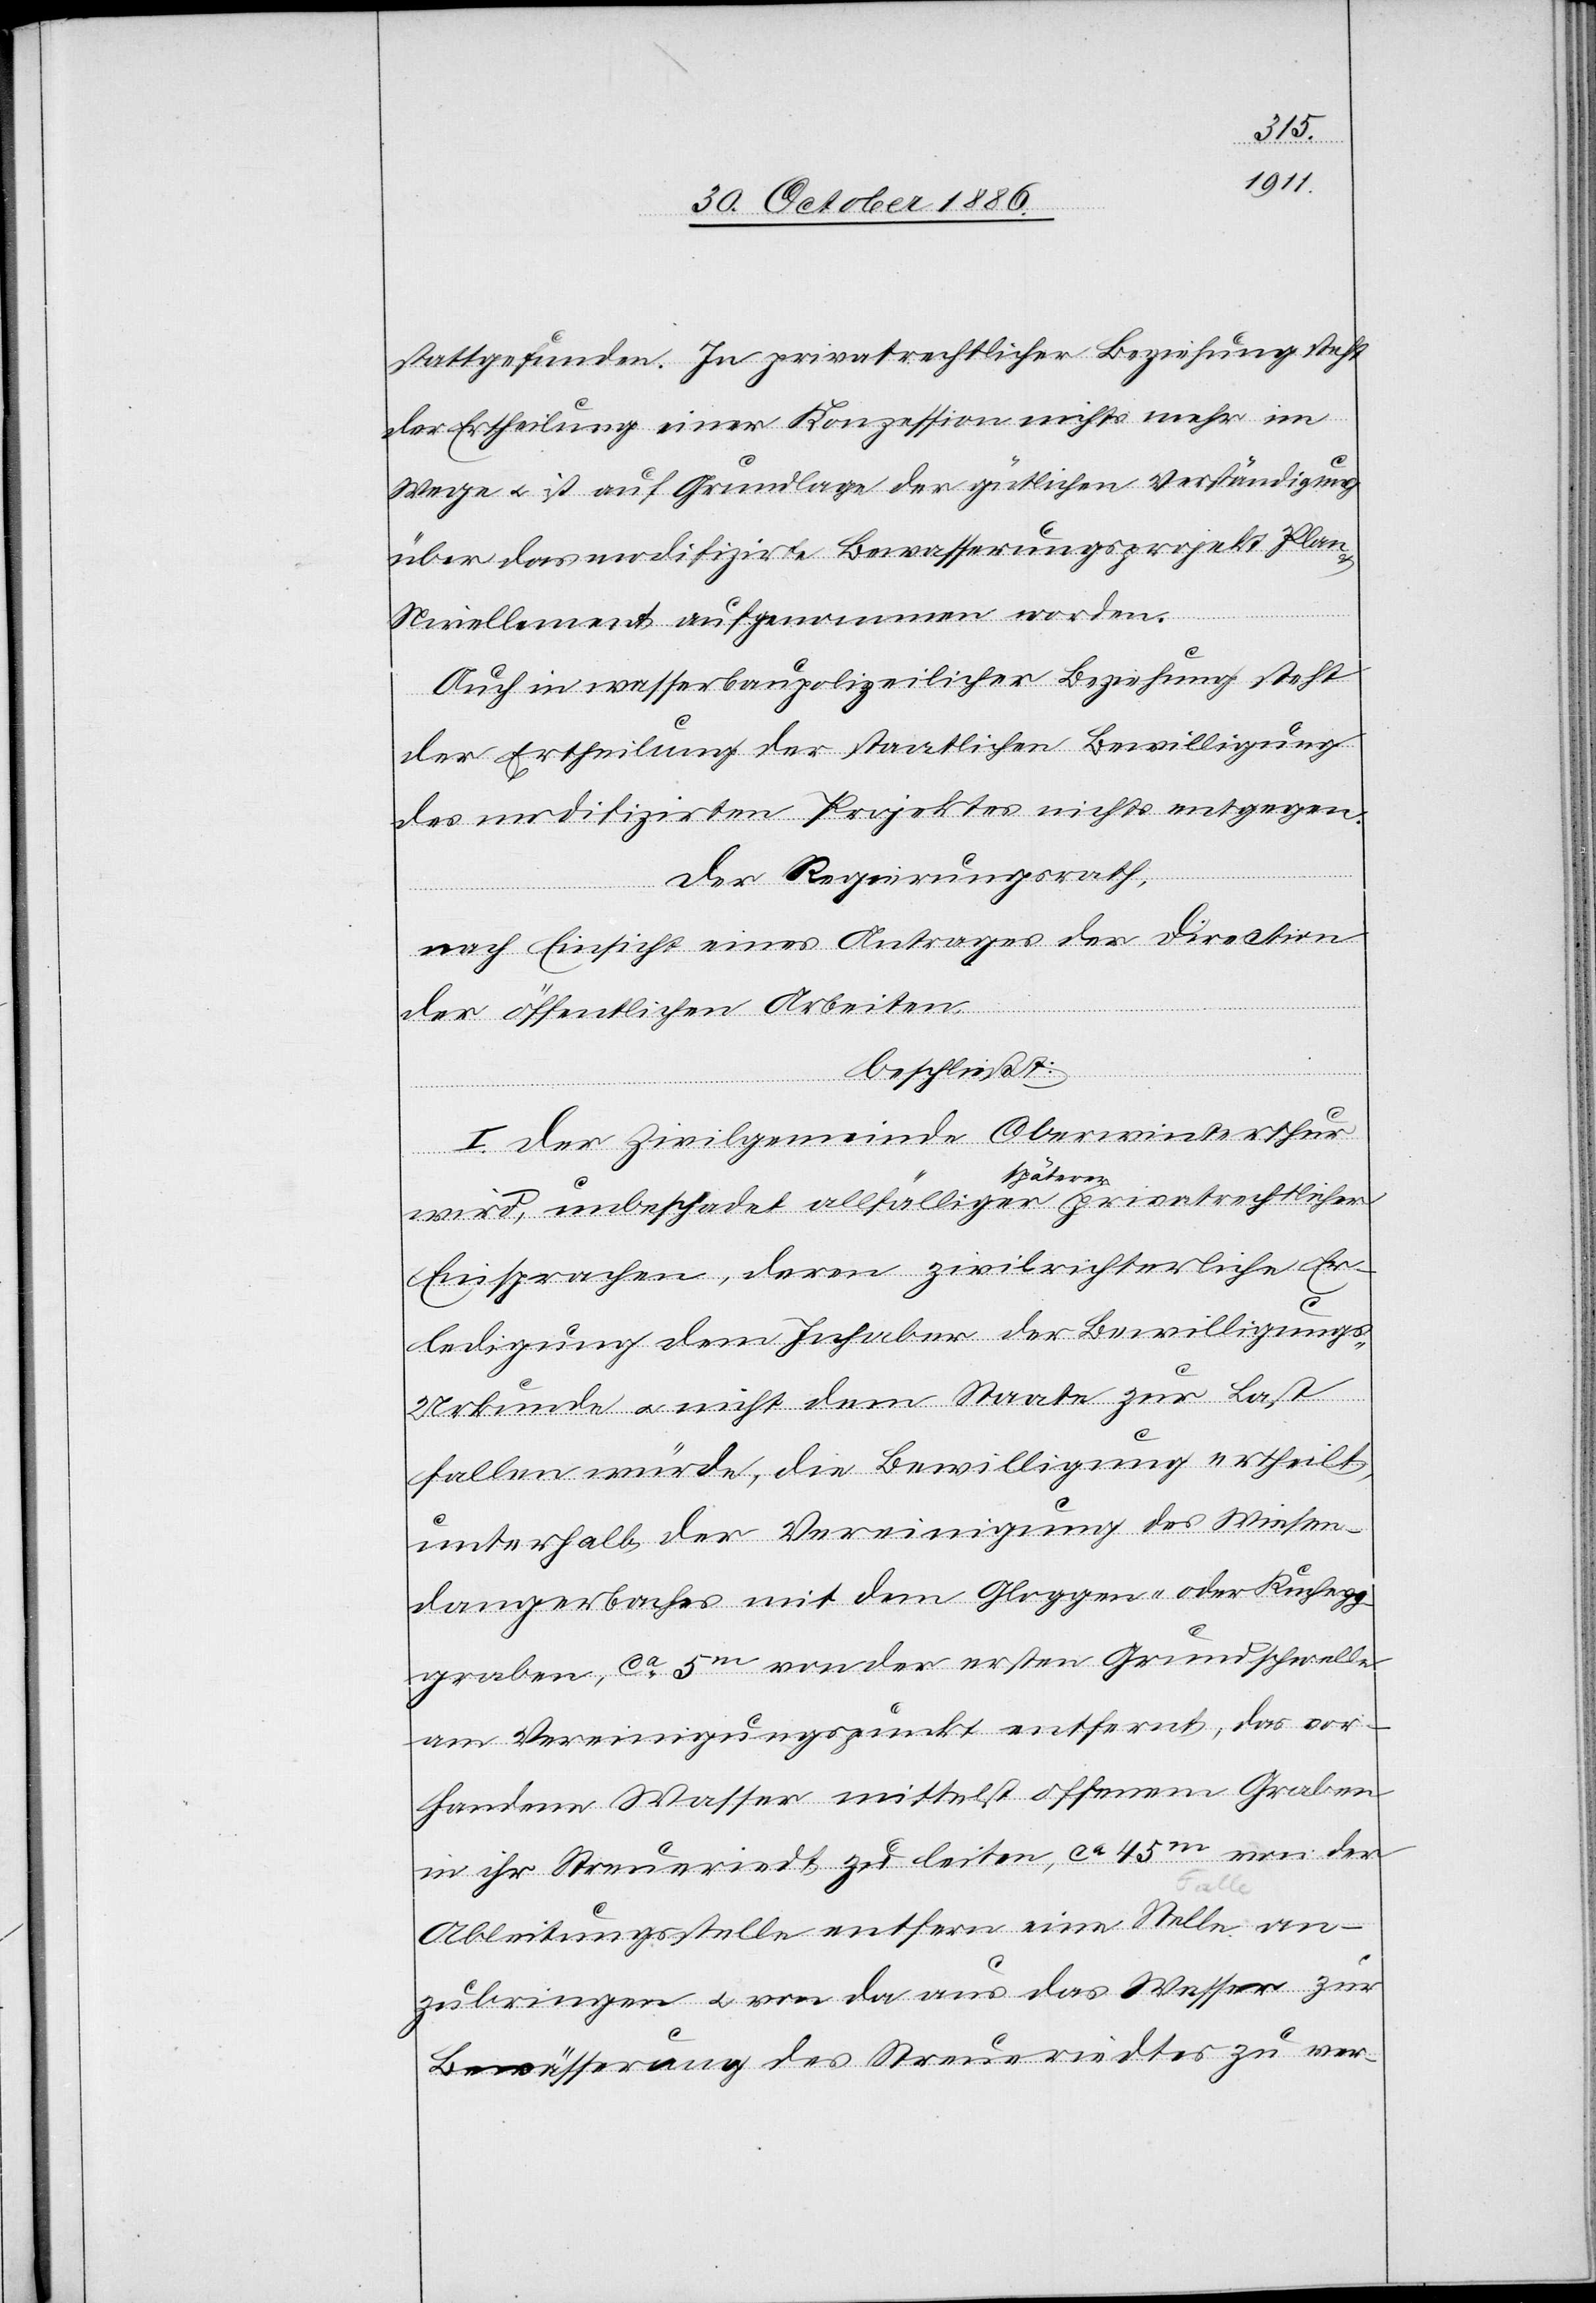
stattgefunden. In privatrechtlicher Beziehung steht
der Ertheilung einer Konzession nichts mehr im
Wege & ist auf Grundlage der gütlichen Verständigung
über das modifizirte Bewasserungsprojekt [s¬
Plan
Nivellement aufgenommen worden.
Auch in wasserbaupolizeilicher Beziehung steht
der Ertheilung der staatlichen Bewilligung
des modifizirten Projektes nichts entgegen.
Der Regierungsrath,
nach Einsicht eines Antrages der Direction
ic!]
der öffentlichen Arbeiten,
beschließt:
I. Der Zivilgemeinde Oberwinterthur
wird, unbeschadet allfälliger späterer privatrechtlicher
Einsprachen, deren zivilrichterliche Er¬
ledigung dem Inhaber der Bewilligungs-U¬
rkunde & nicht dem Staate zur Last
fallen würde, die Bewilligung ertheilt,
unterhalb der Vereinigung des Wiesen¬
dangerbaches mit dem Gloggen- oder Rucheg¬
graben, ca 5m von der ersten Grundschwelle
am Vereinigungspunkt entfernt, das vor¬
handene Wasser mittelst offenem Graben
in ihr Streueriedt zu leiten, ca 45m von der
Ableitungsstelle entfern[t] eine Stelle an¬
zubringen & von da aus das Wasser zur
Bewässerung des Streueriedtes zu ver-